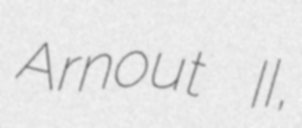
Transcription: Arnout II,